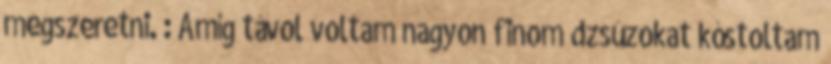
megszeretni. : Amíg távol voltam nagyon finom dzsúzokat kóstoltam